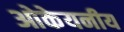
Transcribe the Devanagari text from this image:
ओकेयनीय